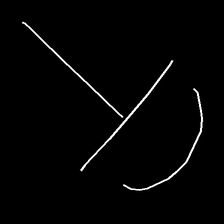
Glyph: dispersion